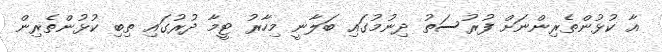
އާ ކުޅުންތެރިންނަށް ފުރުސަތު ދިނުމުގައި ބަލާނީ މިހާރު ޓީމާ ދުރުގައި ތިބި ކުޅުންތެރިން